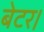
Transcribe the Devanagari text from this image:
बेटर।